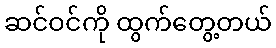
ဆင်ဝင်ကို ထွက်တွေ့တယ်